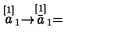
\stackrel { \lbrack 1 ] } { a } _ { 1 } \rightarrow \stackrel { [ 1 ] } { \bar { a } } _ { 1 } =